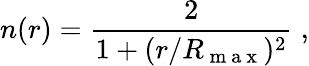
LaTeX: n(r)=\frac{2}{1+(r/R_{\mathrm{~m~a~x~}})^{2}}\; ,